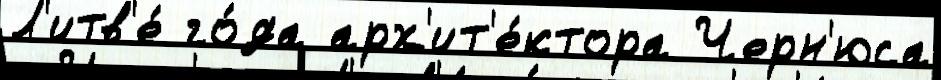
Л'итв'е́ го́да арх'ит'е́ктора Черн'юса